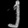
Digit: ၂